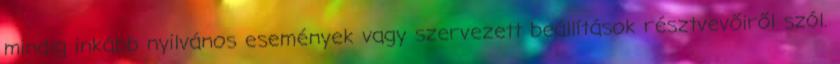
mindig inkább nyilvános események vagy szervezett beállítások résztvevőiről szól.